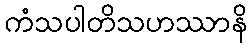
ကံသပါတိသဟဿာနိ